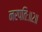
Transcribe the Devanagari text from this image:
नरपतिः॥२॥